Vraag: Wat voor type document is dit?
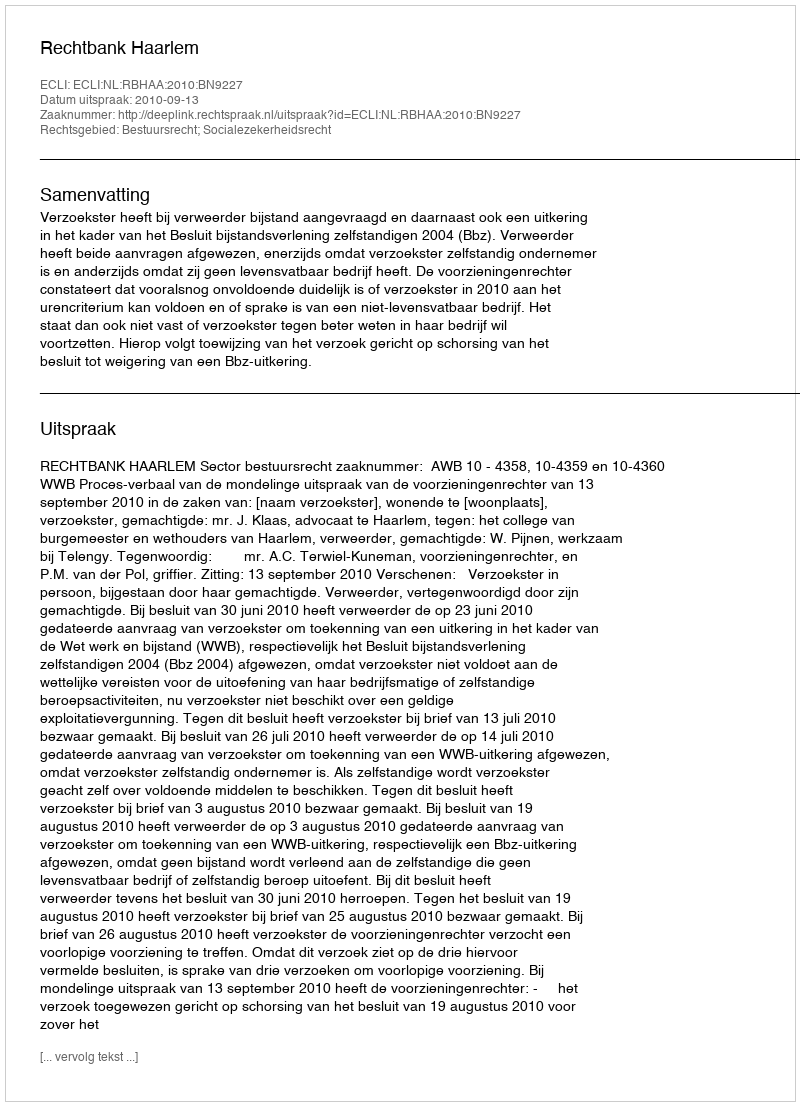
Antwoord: Uitspraak